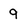
Character: 9